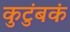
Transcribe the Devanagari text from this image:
कुटुंबकं